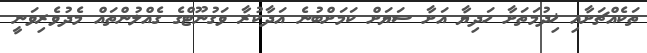
ތަކެއްޗަށާއި ޚިދުމަތަށާ ހަދިޔާ އަށާ ސަޔަށް ކަމަށްބުނެ އަދާކުރާ ވަގުނޫޓްގެ ގެއްލުންތައް މެދުވެރިވަނީ